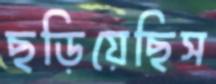
ছড়িয়েছিস